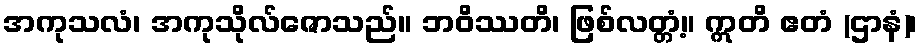
အကုသလံ၊ အကုသိုလ်ဇောသည်။ ဘဝိဿတိ၊ ဖြစ်လတ္တံ့။ ဣတိ ဧတံ (ဌာနံ)၊